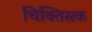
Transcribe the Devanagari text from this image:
चिक्तिसक